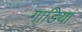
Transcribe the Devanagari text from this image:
गाडि़यां